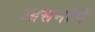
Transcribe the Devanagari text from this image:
आसनांचे